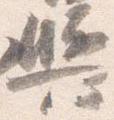
輿